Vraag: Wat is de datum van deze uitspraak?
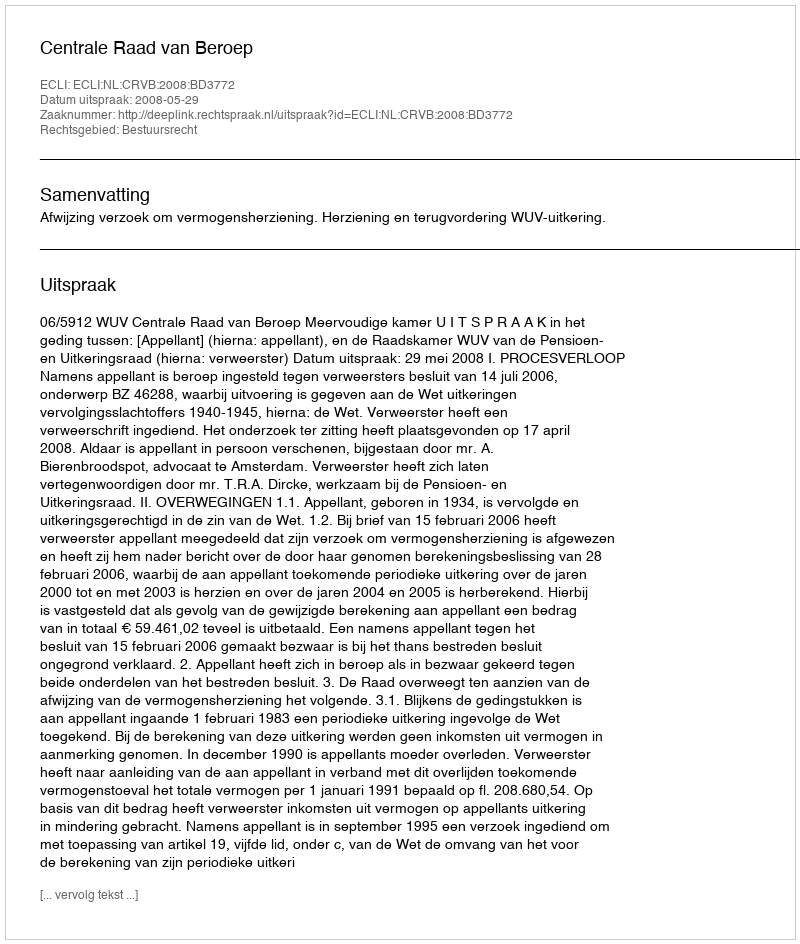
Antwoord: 2008-05-29